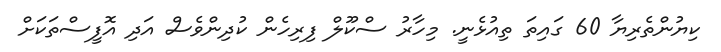
ކިޔުންތެރިޔާ 60 ގައިތަ ތިއުޅެނީ. މިހާރު ސްކޫލް ފިރިހެން ކުދިންވެސް އަދި އޮފީސްތަކަށް